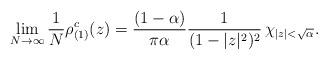
LaTeX: \begin{align*}\lim_{N\to\infty}\frac1N\rho_{(1)}^c(z)=\frac{(1-\alpha)}{\pi\alpha}\frac{1}{(1-|z|^2)^2} \, \chi_{|z|<\sqrt\alpha}.\end{align*}